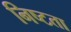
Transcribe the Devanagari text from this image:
निष्टता